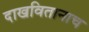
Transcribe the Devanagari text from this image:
दाखवितानाच